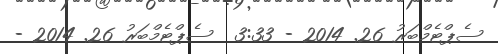
ސެޕްޓެމްބަރު 26